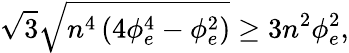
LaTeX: \sqrt{3}\sqrt{n^{4}\left(4\phi_{e}^{4}-\phi_{e}^{2}\right)}\ge 3n^{2}\phi_{e}^{2},